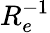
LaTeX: R_{e}^{-1}